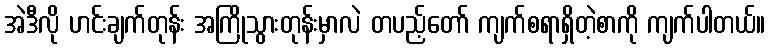
အဲဒီလို ဟင်းချက်တုန်း အကြိုသွားတုန်းမှာလဲ တပည့်တော် ကျက်စရာရှိတဲ့စာကို ကျက်ပါတယ်။